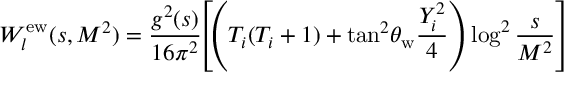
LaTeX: W _ { l } ^ { \mathrm { e w } } ( s , M ^ { 2 } ) = \frac { g ^ { 2 } ( s ) } { 1 6 \pi ^ { 2 } } \! \! \left[ \! \left( T _ { i } ( T _ { i } + 1 ) + \tan ^ { 2 } \! \theta _ { \mathrm { w } } \frac { Y _ { i } ^ { 2 } } { 4 } \right) \log ^ { 2 } \frac { s } { M ^ { 2 } } \right]